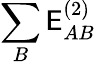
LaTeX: \sum_{B}\mathsf{E}_{AB}^{(2)}